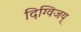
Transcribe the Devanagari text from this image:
दिग्विजय्